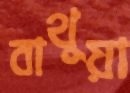
বাথুয়া